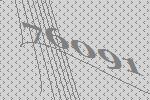
76091